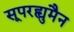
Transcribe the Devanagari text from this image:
सूपरह्युमैन